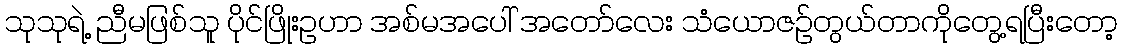
သုသုရဲ့ ညီမဖြစ်သူ ပိုင်ဖြိုးဥဟာ အစ်မအပေါ် အတော်လေး သံယောဇဉ်တွယ်တာကိုတွေ့ရပြီးတော့